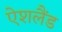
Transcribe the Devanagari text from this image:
ऐशलैंड